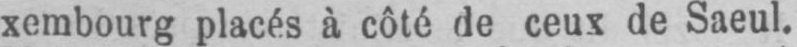
xembourg placés à côté de ceux de Saeul.